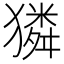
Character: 獜